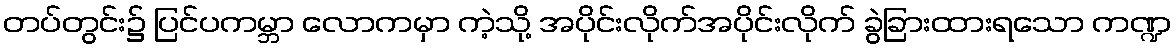
တပ်တွင်း၌ ပြင်ပကမ္ဘာ လောကမှာ ကဲ့သို့ အပိုင်းလိုက်အပိုင်းလိုက် ခွဲခြားထားရသော ကဏ္ဍ